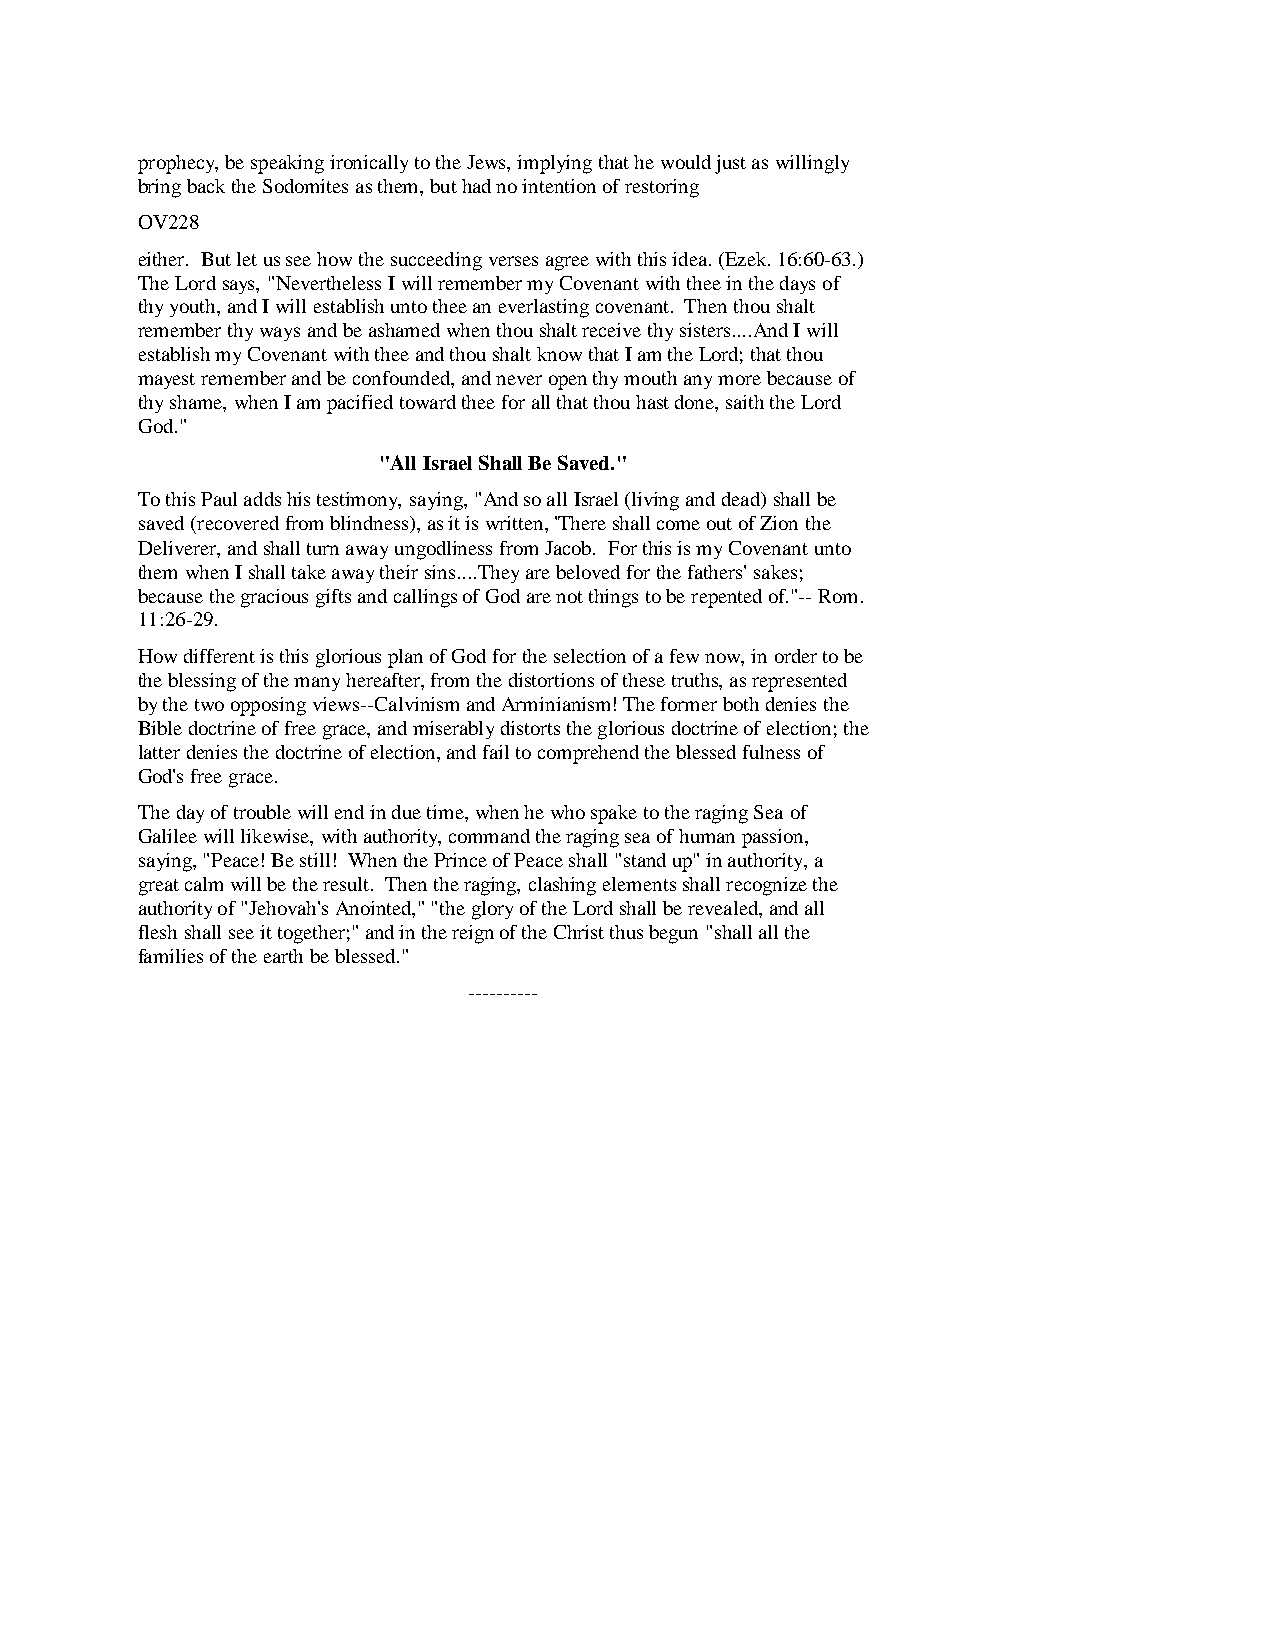
prophecy, be speaking ironically to the Jews, implying that he would just as willingly
 bring back the Sodomites as them, but had no intention of restoring
 OV228
 either. But let us see how the succeeding verses agree with this idea. (Ezek. 16:60-63.)
 The Lord says, "Nevertheless I will remember my Covenant with thee in the days of
 thy youth, and I will establish unto thee an everlasting covenant. Then thou shalt
 remember thy ways and be ashamed when thou shalt receive thy sisters....And I will
 establish my Covenant with thee and thou shalt know that I am the Lord; that thou
 mayest remember and be confounded, and never open thy mouth any more because of
 thy shame, when I am pacified toward thee for all that thou hast done, saith the Lord
 God."
 "All Israel Shall Be Saved."
 To this Paul adds his testimony, saying, "And so all Israel (living and dead) shall be
 saved (recovered from blindness), as it is written, 'There shall come out of Zion the
 Deliverer, and shall turn away ungodliness from Jacob. For this is my Covenant unto
 them when I shall take away their sins....They are beloved for the fathers' sakes;
 because the gracious gifts and callings of God are not things to be repented of."-- Rom.
 11:26-29.
 How different is this glorious plan of God for the selection of a few now, in order to be
 the blessing of the many hereafter, from the distortions of these truths, as represented
 by the two opposing views--Calvinism and Arminianism! The former both denies the
 Bible doctrine of free grace, and miserably distorts the glorious doctrine of election; the
 latter denies the doctrine of election, and fail to comprehend the blessed fulness of
 God's free grace.
 The day of trouble will end in due time, when he who spake to the raging Sea of
 Galilee will likewise, with authority, command the raging sea of human passion,
 saying, "Peace! Be still! When the Prince of Peace shall "stand up" in authority, a
 great calm will be the result. Then the raging, clashing elements shall recognize the
 authority of "Jehovah's Anointed," "the glory of the Lord shall be revealed, and all
 flesh shall see it together;" and in the reign of the Christ thus begun "shall all the
 families of the earth be blessed."
 ----------